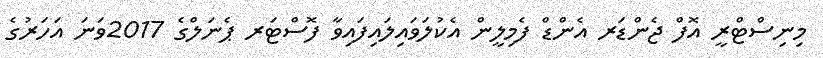
މިނިސްޓްރީ އޮފް ޖެންޑަރ އެންޑް ފެމިލީން އެކުލަވައިލައިފައިވާ ފޮސްޓަރ ޕެނަލްގެ 2017ވަނަ އަހަރުގެ